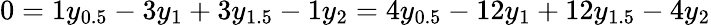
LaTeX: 0=1y_{0.5}-3y_{1}+3y_{1.5}-1y_{2}=4y_{0.5}-12y_{1}+12y_{1.5}-4y_{2}